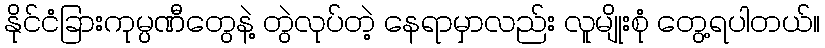
နိုင်ငံခြားကုမ္ပဏီတွေနဲ့ တွဲလုပ်တဲ့ နေရာမှာလည်း လူမျိုးစုံ တွေ့ရပါတယ်။